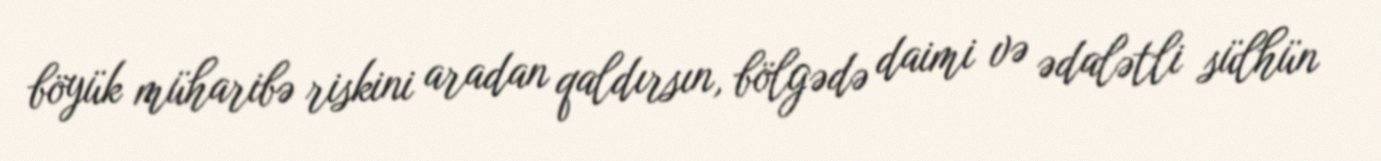
böyük müharibə riskini aradan qaldırsın, bölgədə daimi və ədalətli sülhün